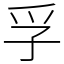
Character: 孚